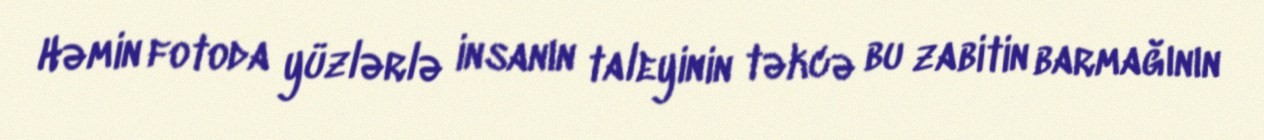
Həmin fotoda yüzlərlə insanın taleyinin təkcə bu zabitin barmağının